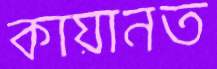
কায়ানত